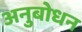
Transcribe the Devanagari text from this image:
अनुबोधन